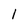
Character: l